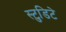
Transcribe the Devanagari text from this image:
स्टुडिटे